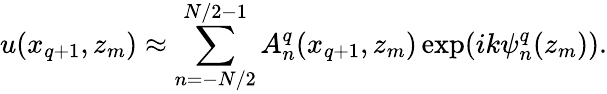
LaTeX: u(x_{q+1},z_{m})\approx\sum_{n=-N/2}^{N/2-1}A_{n}^{q}(x_{q+1},z_{m})\exp(ik\psi_{n}^{q}(z_{m})).